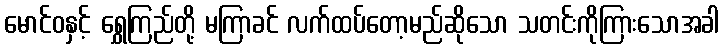
မောင်ဝနှင့် ရွှေကြည်တို့ မကြာခင် လက်ထပ်တော့မည်ဆိုသော သတင်းကိုကြားသောအခါ